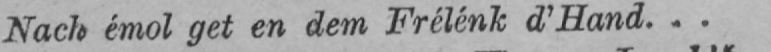
Nach émol get en dem Frélénk d’Hand...